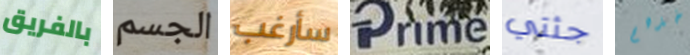
بالفريق الجسم سأرغب Prime جثتي خذهم